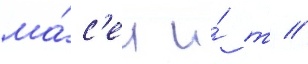
ма́с'ел и́ т //